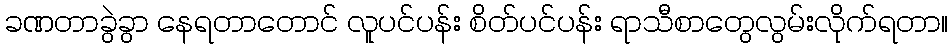
ခဏတာခွဲခွာ နေရတာတောင် လူပင်ပန်း စိတ်ပင်ပန်း ရာသီစာတွေလွမ်းလိုက်ရတာ။